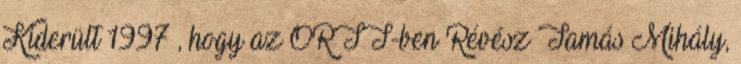
Kiderült 1997 , hogy az ORTT-ben Ré­vész Tamás Mihály,